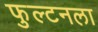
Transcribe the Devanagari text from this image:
फुल्टनला